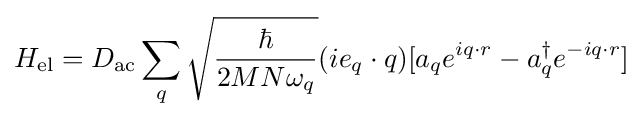
H_{\text{el}}=D_{\text{ac}}\sum _{q}{\sqrt {\frac {\hbar }{2MN\omega _{q}}}}(ie_{q}\cdot q)[a_{q}e^{iq\cdot r}-a_{q}^{\dagger }e^{-iq\cdot r}]